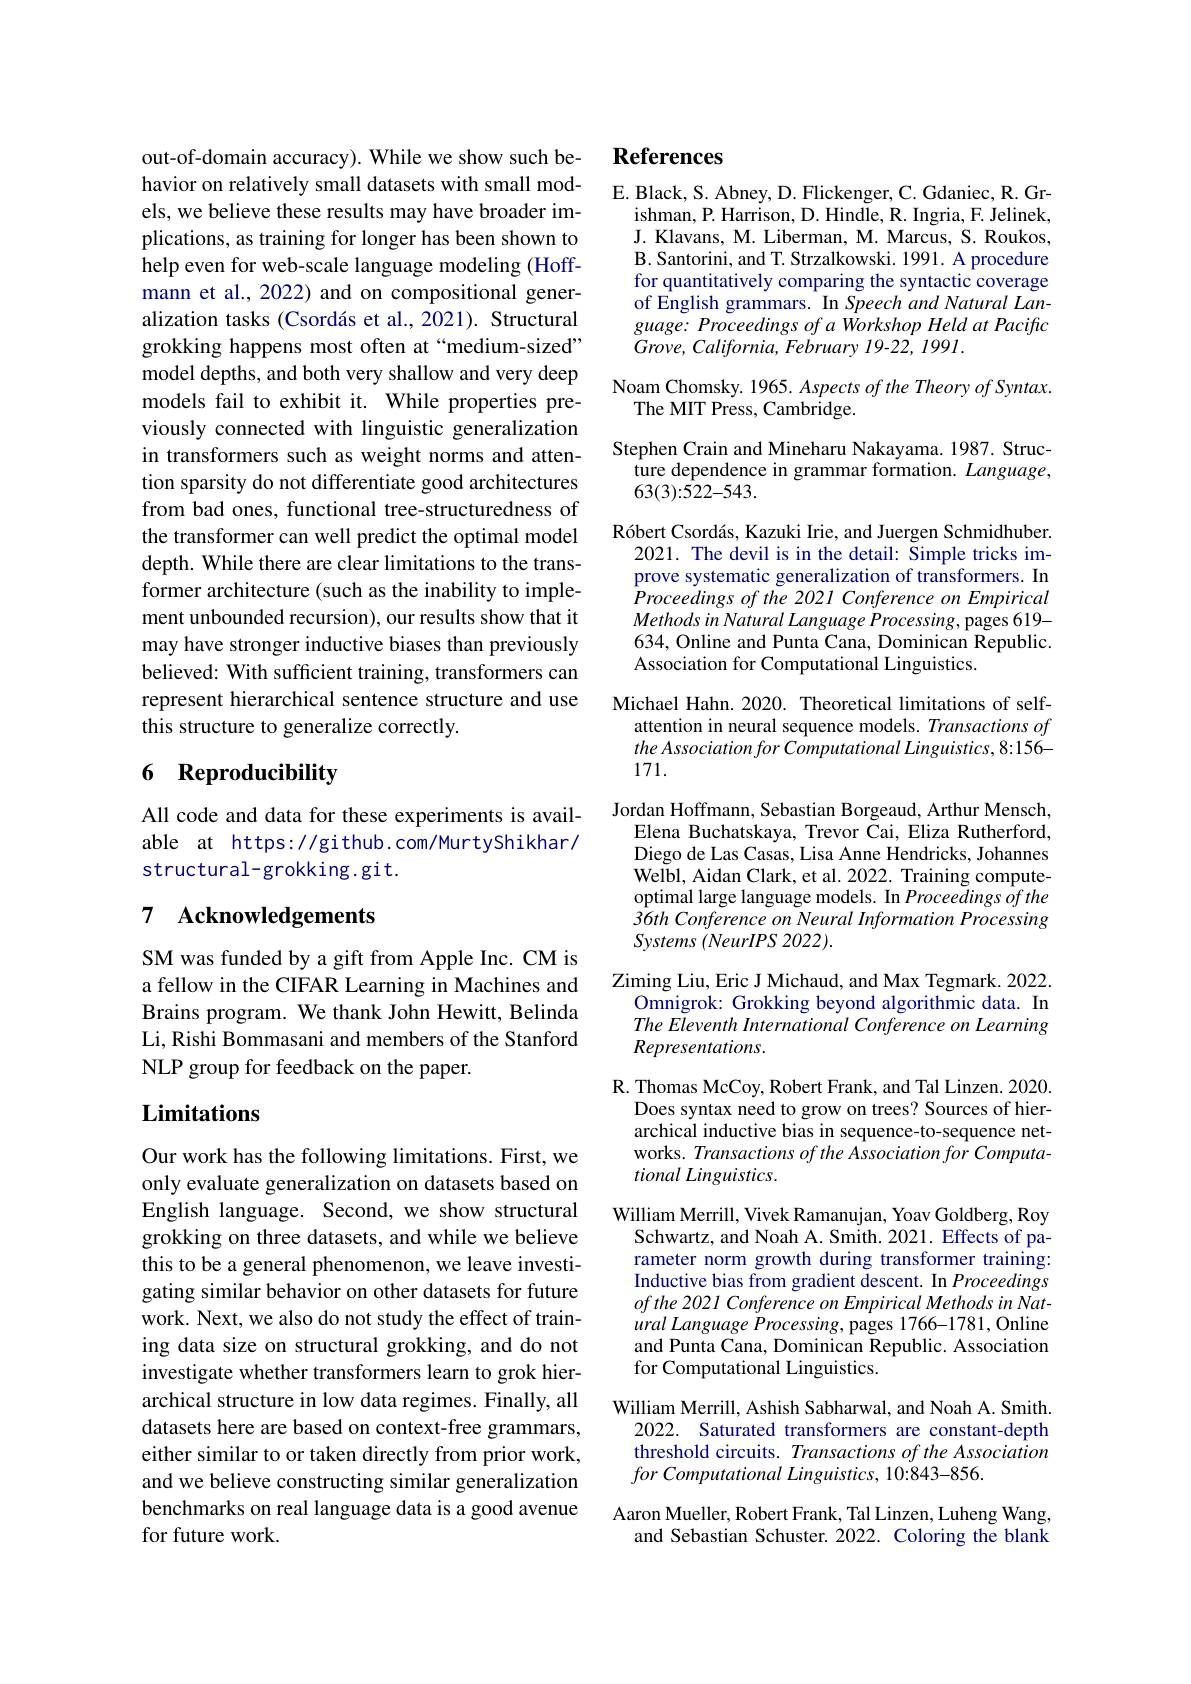
out-of-domain accuracy). While we show such behavior on relatively small datasets with small models, we believe these results may have broader implications, as training for longer has been shown to help even for web-scale language modeling (Hoffmann et al., 2022) and on compositional generalization tasks (Csordás et al., 2021). Structural grokking happens most often at“medium-sized” model depths, and both very shallow and very deep models fail to exhibit it. While properties previously connected with linguistic generalization in transformers such as weight norms and attention sparsity do not differentiate good architectures from bad ones, functional tree-structuredness of the transformer can well predict the optimal model depth. While there are clear limitations to the transformer architecture (such as the inability to implement unbounded recursion), our results show that it may have stronger inductive biases than previously believed: With sufficient training, transformers can represent hierarchical sentence structure and use this structure to generalize correctly.

# 6 Reproducibility

All code and data for these experiments is available at https://github.com/MurtyShikhar/ structural-grokking.git.

## 7 Acknowledgements

SM was funded by a gift from Apple Inc. CM is a fellow in the CIFAR Learning in Machines and Brains program. We thank John Hewitt, Belinda Li, Rishi Bommasani and members of the Stanford NLP group for feedback on the paper.

# Limitations

Our work has the following limitations. First, we only evaluate generalization on datasets based on English language. Second, we show structural grokking on three datasets, and while we believe this to be a general phenomenon, we leave investigating similar behavior on other datasets for future work. Next, we also do not study the effect of training data size on structural grokking, and do not investigate whether transformers learn to grok hierarchical structure in low data regimes. Finally, all datasets here are based on context-free grammars, either similar to or taken directly from prior work, and we believe constructing similar generalization benchmarks on real language data is a good avenue for future work.

## References

E. Black, S. Abney, D. Flickenger, C. Gdaniec, R. Gr-
ishman, P. Harrison, D. Hindle, R. Ingria, F. Jelinek, J. Klavans, M. Liberman, M. Marcus, S. Roukos, B. Santorini, and T. Strzalkowski. 1991. A procedure for quantitatively comparing the syntactic coverage of English grammars. In Speech and Natural Lan- $guage:ProceedingsofaWorkshopHeldatPacifc$ Grove, California, February 19-22, 1991.

Noam Chomsky. 1965. Aspects of the Theory of Syntax.
The MIT Press, Cambridge.
Stephen Crain and Mineharu Nakayama. 1987. Struc-
ture dependence in grammar formation. Language,
63(3){:}522-543.
Róbert Csordás, Kazuki Irie, and Juergen Schmidhuber.
2021. The devil is in the detail: Simple tricks improve systematic generalization of transformers. In Proceedings of the 2021 Conference on Empirical MethodsinNatural Language Processing, pages 619- 634, Online and Punta Cana, Dominican Republic. Association for Computational Linguistics.
Michael Hahn. 2020. Theoretical limitations of self-
attention in neural sequence models. Transactions of the Association for Computational Linguistics, 8:156- 171.
Jordan Hoffmann, Sebastian Borgeaud, Arthur Mensch,
Elena Buchatskaya, Trevor Cai, Eliza Rutherford, Diego de Las Casas, Lisa Anne Hendricks, Johannes Welbl, Aidan Clark, et al. 2022. Training computeoptimal large language models. In Proceedings of the $\dot{36th}$ Conference on Neural Information Processing Systems (NeurIPS 2022).
Ziming Liu, Eric J Michaud, and Max Tegmark. 2022.
Omnigrok: Grokking beyond algorithmic data. In The Eleventh International Conference on Learning Representations.
R. Thomas McCoy, Robert Frank, and Tal Linzen. 2020.
Does syntax need to grow on trees? Sources of hierarchical inductive bias in sequence-to-sequence networks. Transactions of the Association for Computational Linguistics.
William Merrill, Vivek Ramanujan, Yoav Goldberg, Roy
Schwartz, and Noah A. Smith. 2021. Effects of parameter norm growth during transformer training Inductive bias from gradient $\v {d}$escent. In Proceedings $ofthe2021ConferenceonEmpiricalMethodsinNat-$ ural Language Processing, pages 1766-1781, Online and Punta Cana, Dominican Republic. Association for Computational Linguistics.
William Merrill, Ashish Sabharwal, and Noah A. Smith.
2022. Saturated transformers are constant-depth threshold circuits. Transactions of the Association $for\textit{ Computational Linguistics, 10: 843- 856. }$

Aaron Mueller, Robert Frank, Tal Linzen, Luheng Wang,
and Sebastian Schuster. 2022. Coloring the blank